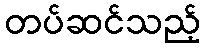
တပ်ဆင်သည့်